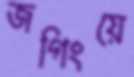
জগিংয়ে